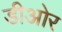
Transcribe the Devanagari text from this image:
डीओर